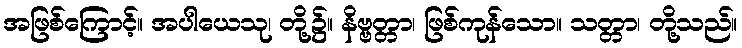
အဖြစ်ကြောင့်။ အပါယေသု၊ တို့၌။ နိဗ္ဗတ္တာ၊ ဖြစ်ကုန်သော။ သတ္တာ၊ တို့သည်။